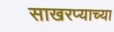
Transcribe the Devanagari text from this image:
साखरप्याच्या